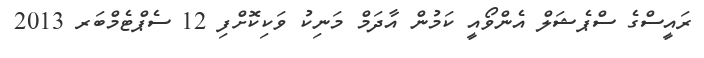
ރައީސްގެ ސްޕެޝަލް އެންވޯއީ ކަމުން އާދަމް މަނިކު ވަކިކޮށްފި 12 ސެޕްޓެމްބަރ 2013